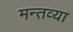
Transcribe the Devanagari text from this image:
मन्तव्या